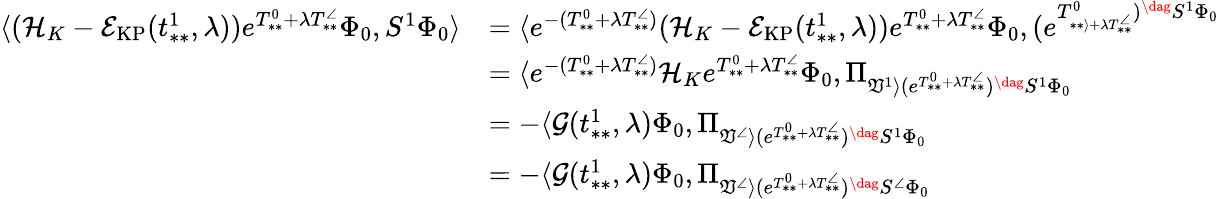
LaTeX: \begin{array}{rl}{\langle(\mathcal{H}_{K}-\mathcal{E}_{\mathrm{KP}}(t_{**}^{1},\lambda))e^{T_{**}^{0}+\lambda T_{**}^{\angle}}\Phi_{0},S^{1}\Phi_{0}\rangle}&{=\langle e^{-(T_{**}^{0}+\lambda T_{**}^{\angle})}(\mathcal{H}_{K}-\mathcal{E}_{\mathrm{KP}}(t_{**}^{1},\lambda))e^{T_{**}^{0}+\lambda T_{**}^{\angle}}\Phi_{0},(e^{T_{**\rangle+\lambda T_{**}^{\angle}}^{0})^{\dag}S^{1}\Phi_{0}}}\\ &{=\langle e^{-(T_{**}^{0}+\lambda T_{**}^{\angle})}\mathcal{H}_{K}e^{T_{**}^{0}+\lambda T_{**}^{\angle}}\Phi_{0},\Pi_{\mathfrak{V}^{1}\rangle(e^{T_{**}^{0}+\lambda T_{**}^{\angle}})^{\dag}S^{1}\Phi_{0}}}\\ &{=-\langle\mathcal{G}(t_{**}^{1},\lambda)\Phi_{0},\Pi_{\mathfrak{V}^{\angle}\rangle(e^{T_{**}^{0}+\lambda T_{**}^{\angle}})^{\dag}S^{1}\Phi_{0}}}\\ &{=-\langle\mathcal{G}(t_{**}^{1},\lambda)\Phi_{0},\Pi_{\mathfrak{V}^{\angle}\rangle(e^{T_{**}^{0}+\lambda T_{**}^{\angle}})^{\dag}S^{\angle}\Phi_{0}}}\end{array}